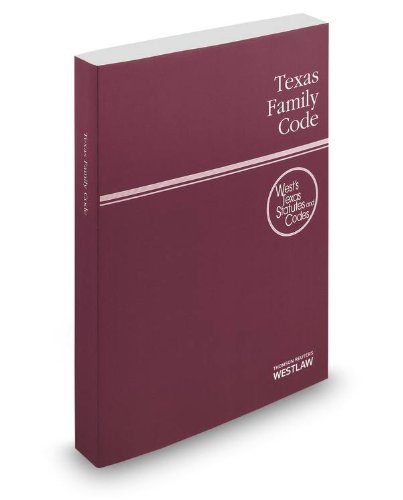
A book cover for Texas Family Code, 2014 ed. (West'sÂ® Texas Statutes and Codes); Thomson West; Law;